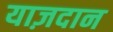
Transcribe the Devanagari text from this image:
याज़दान